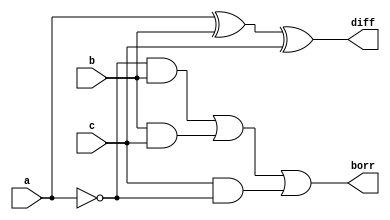
module subr(
    input a,
    input b,
    input c,
    output diff,
    output borr
    );
    wire anot;
    
    assign anot = (~a); 
    assign diff = (a ^ b ^ c); 
    assign borr = (anot & b) | (b & c) | (c & anot);
endmodule